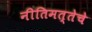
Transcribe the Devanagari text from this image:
नीतिमत्तेचे